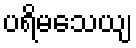
ပရိမသေယျ